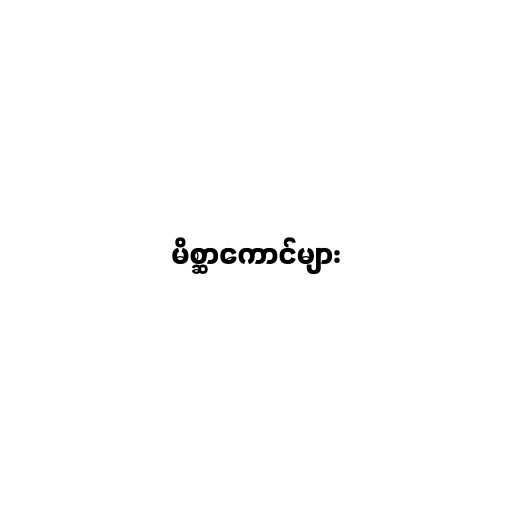
မိစ္ဆာကောင်များ